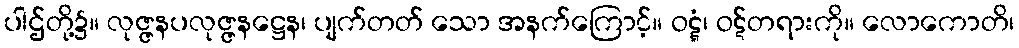
ပါဌ်တို့၌။ လုဇ္ဇနပလုဇ္ဇနဋ္ဌေန၊ ပျက်တတ် သော အနက်ကြောင့်။ ဝဋ္ဋံ၊ ဝဋ်တရားကို။ လောကောတိ၊